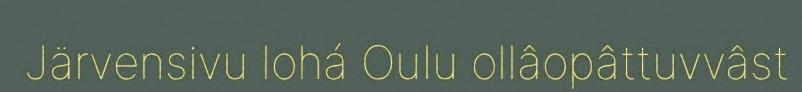
Järvensivu lohá Oulu ollâopâttuvvâst